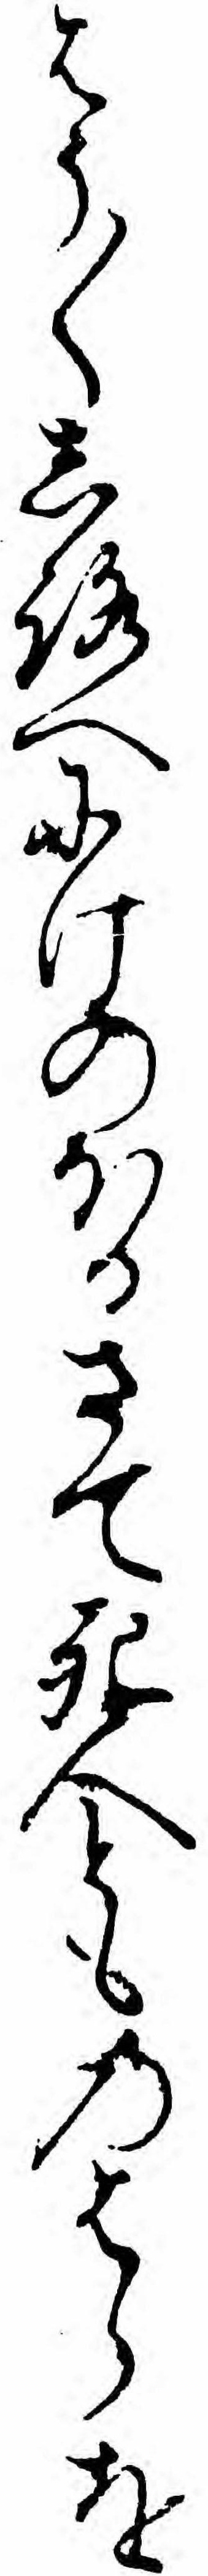
はう〱しろへにけのほるさて死人とものはらを